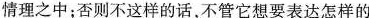
情理之中；否则不这样的话，不管它想要表达怎样的